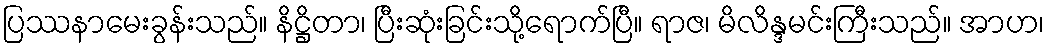
ပြဿနာမေးခွန်းသည်။ နိဋ္ဌိတာ၊ ပြီးဆုံးခြင်းသို့ရောက်ပြီ။ ရာဇ၊ မိလိန္ဒမင်းကြီးသည်။ အာဟ၊